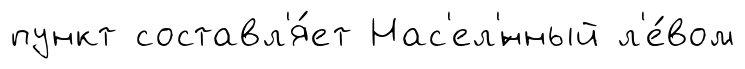
пункт составл'я́ет Нас'ел'́нный л'е́вом